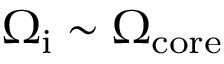
\Omega _ { \mathrm { i } } \sim \Omega _ { \mathrm { c o r e } }